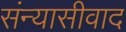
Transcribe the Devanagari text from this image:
संन्यासीवाद